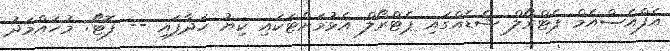
އެފްއެސްއެމް ޕެޓްރޯލް ޝެޑެއްގައި ޕެޓްރޯލް އެޅުމަށްޓަކައި ކިޔު ހަދާފައި -- ފޮޓޯ: މުހައްމަދު